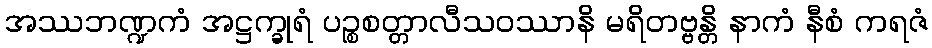
အဿဘဏ္ဍကံ အဋ္ဌက္ခုရံ ပဉ္စစတ္တာလီသဝဿာနိ မရိတဗ္ဗန္တိ နာကံ နီစံ ကရဇံ